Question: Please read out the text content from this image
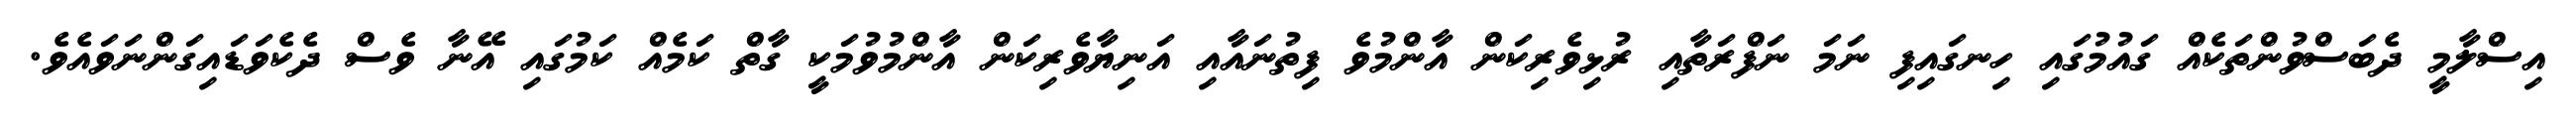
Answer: އިސްލާމީ ދެބަސްވުންތަކެއް ގައުމުގައި ހިނގައިފި ނަމަ ނަފްރަތާއި ރުޅިވެރިކަން އާންމުވެ ފިތުނައާއި އަނިޔާވެރިކަން އާންމުވުމަކީ ގާތް ކަމެއް ކަމުގައި އޭނާ ވެސް ދެކެވަޑައިގަންނަވައެވެ.